画像に写った文字を読んでください
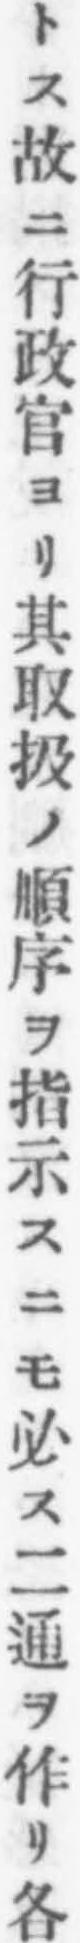
「トス故ニ行政官ヨリ其取扱ノ順序ヲ指示スニモ必ス二通ヲ作リ各」と書いてあります